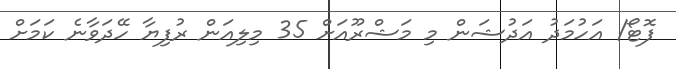
ފޮޓޯ/ އަހުމަދު އަދުޝަން މި މަޝްރޫއަށް 35 މިލިއަން ރުފިޔާ ހޭދަވާނެ ކަމަށް